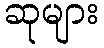
ဆုများ